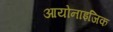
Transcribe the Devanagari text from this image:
आयोनाइजिक